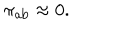
\pi _ { \mathrm { a b } } \approx 0 .